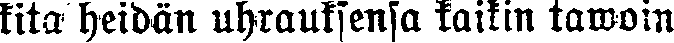
kita heidän uhrauksensa kaikin tawoin